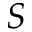
S